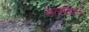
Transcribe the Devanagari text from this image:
सत्संगात